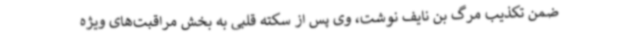
ضمن تکذیب مرگ بن نایف نوشت، وی پس از سکته قلبی به بخش مراقبت‌های ویژه